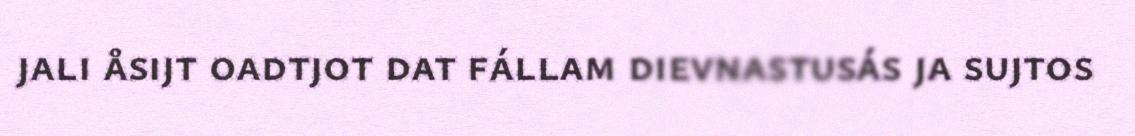
jali åsijt oadtjot dat fállam dievnastusás ja sujtos